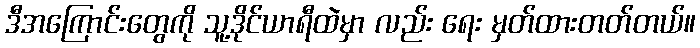
ဒီအကြောင်းတွေကို သူ့ဒိုင်ယာရီထဲမှာ လည်း ရေး မှတ်ထားတတ်တယ်။